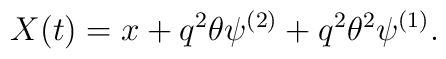
X(t) = x + q^2 \theta \psi^{(2)} + q^2 \theta^2 \psi^{(1)}.